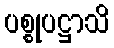
ပစ္စုပဋ္ဌာသိ